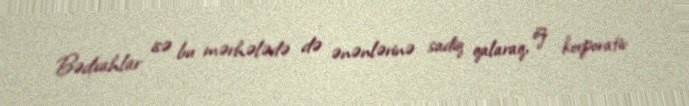
Bədxahlar isə bu mərhələdə də ənənlərinə sadiq qalaraq, öz korporativ